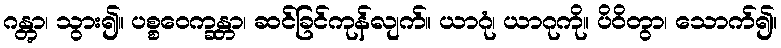
ဂန္တွာ၊ သွား၍။ ပစ္စဝေက္ခန္တာ၊ ဆင်ခြင်ကုန်လျက်။ ယာဂုံ၊ ယာဂုကို။ ပိဝိတွာ၊ သောက်၍။